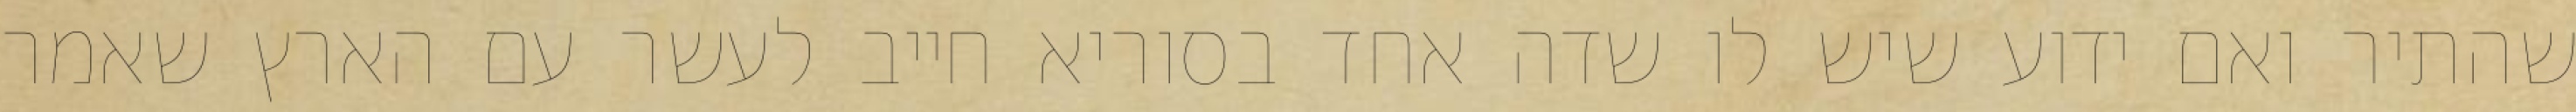
שהתיר ואם ידוע שיש לו שדה אחד בסוריא חייב לעשר עם הארץ שאמר